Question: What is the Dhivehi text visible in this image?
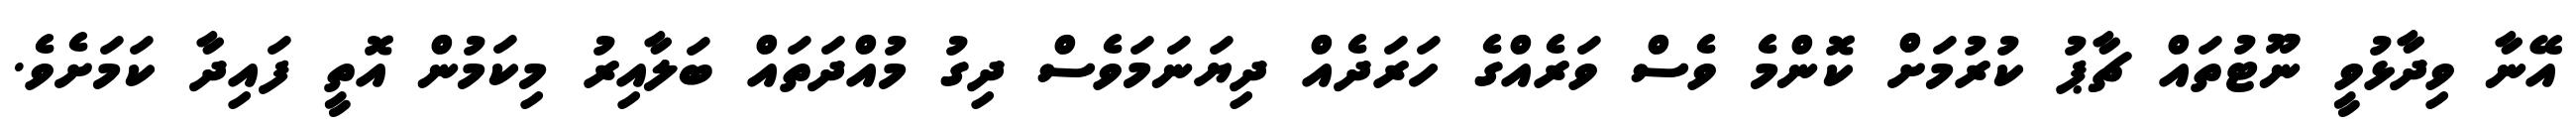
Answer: އޭނާ ވިދާޅުވީ ނޫޓުތައް ޗާޕު ކުރުމަށް ކޮންމެ ވެސް ވަރެއްގެ ހަރަދެއް ދިޔަނަމަވެސް ދިގު މުއްދަތައް ބަލާއިރު މިކަމުން އޮތީ ފައިދާ ކަމަށެވެ.